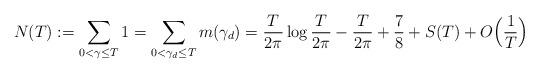
LaTeX: \begin{align*} N(T) := \sum_{0< \gamma \le T} 1 = \sum_{0< \gamma_d \le T} m(\gamma_d) = \frac{T}{2\pi} \log \frac{T}{2\pi} - \frac{T}{2\pi} + \frac{7}{8} + S(T) + O\Big(\frac{1}{T}\Big)\end{align*}